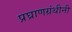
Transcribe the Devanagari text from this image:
प्रघ्राणग्रंथीनी